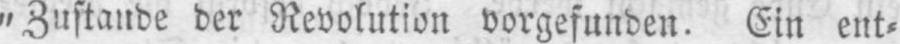
„Zustande der Revolution vorgefunden. Ein ent⸗